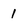
Character: 1